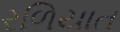
રળિયાત